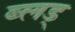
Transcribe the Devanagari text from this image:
ब्लड्